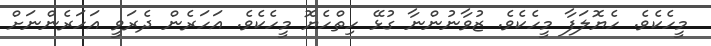
މީހެކެވެ. ހެޔޮލަފާ މީހެކެވެ. ޒުވާނުންނާ ގުޅޭ ހިތްހެޔޮ މީހެކެވެ. އަހަރެން ދެރަވީ އަހަރެންނަށް